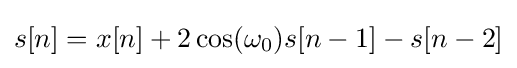
s[n]=x[n]+2\cos(\omega _{0})s[n-1]-s[n-2]